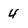
Character: 4